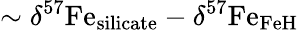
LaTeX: \sim\delta^{57}\mathrm{Fe}_{\mathrm{silicate}}-\delta^{57}\mathrm{Fe}_{\mathrm{FeH}}